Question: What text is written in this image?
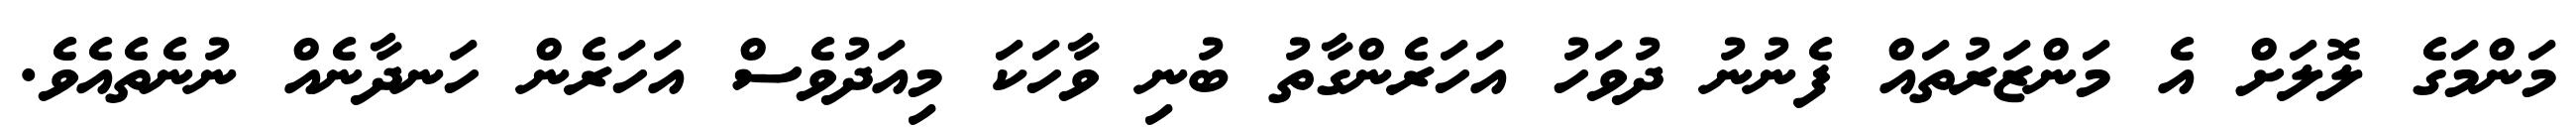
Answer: މަންމަގެ ލޮލަށް އެ މަންޒަރުތައް ފެނުނު ދުވަހު އަހަރެންގާތު ބުނި ވާހަކަ މިއަދުވެސް އަހަރެން ހަނދާނެއް ނުނެތެއެވެ.